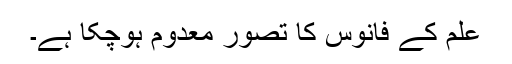
علم کے فانوس کا تصور معدوم ہوچکا ہے۔